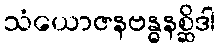
သံယောဇနဗန္ဓနစ္ဆိဒါ